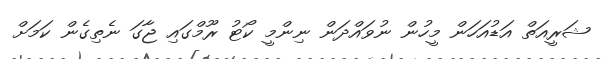
ޝަރީއަތް އަޑުއަހަން މީހުން ނުވައްދަން ނިންމީ ކޯޓު ރޫމްގައި ޖާގަ ނެތިގެން ކަމަށް